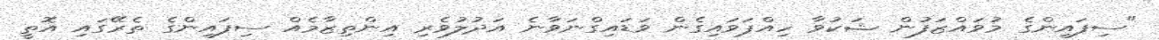
"ސިފައިންގެ މުވައްޒަފުން ޝަކުވާ ހިއްޕަވައިގެން ވަޑައިގްނަވާނެ އަދުލުވެރި އިންތިިޒާމެއް ސިފައިންގެ ތެރޭގަައި އޮތީ